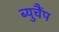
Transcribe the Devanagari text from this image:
ब्युचैंप